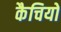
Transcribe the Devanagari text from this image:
कैचियों